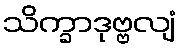
သိက္ခာဒုဗ္ဗလျံ